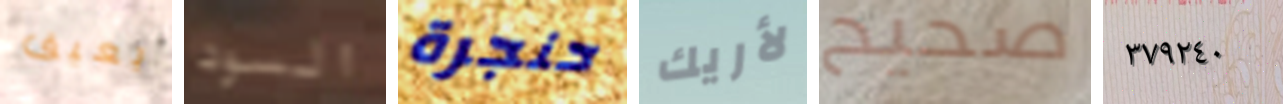
يعيق السود حنجرة لأريك صحيح ٣٧٩٢٤٠